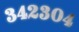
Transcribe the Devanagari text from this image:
३४२३०४